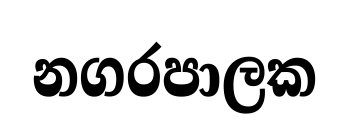
නගරපාලක